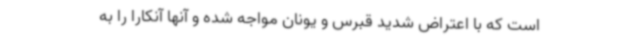
است که با اعتراض شدید قبرس و یونان مواجه شده و آنها آنکارا را به